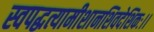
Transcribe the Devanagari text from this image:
स्वपद्धत्यामीशानशिवदेशिकः।।